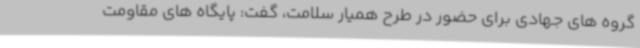
گروه های جهادی برای حضور در طرح همیار سلامت، گفت: پایگاه های مقاومت